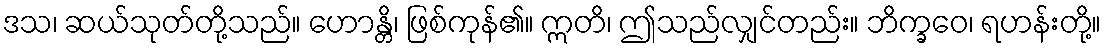
ဒသ၊ ဆယ်သုတ်တို့သည်။ ဟောန္တိ၊ ဖြစ်ကုန်၏။ ဣတိ၊ ဤသည်လျှင်တည်း။ ဘိက္ခဝေ၊ ရဟန်းတို့။